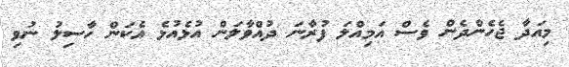
މިއަދާ ޖެހެންދެން ވެސް އަމިއްލަ ފުރާނަ ދުއްވާލަން އުޅެއުޅެ އެކަން ހާސިލު ނުވި